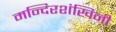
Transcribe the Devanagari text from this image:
मन्दिरशंखिनी